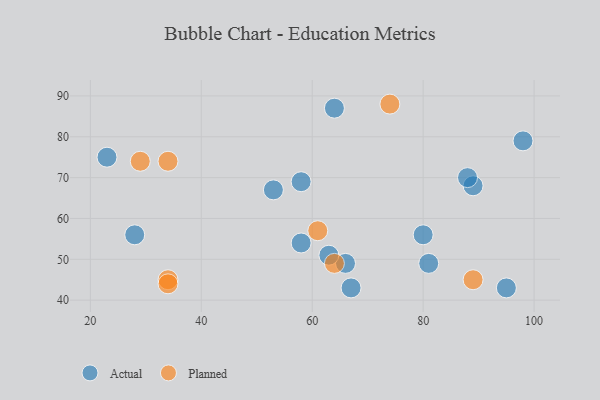
{"axis": {"x": "GDP", "y": "Life Expectancy"}, "legend": ["Actual", "Planned"], "data": [{"x": "66", "y": 49, "type": "Actual"}, {"x": "89", "y": 68, "type": "Actual"}, {"x": "58", "y": 69, "type": "Actual"}, {"x": "28", "y": 56, "type": "Actual"}, {"x": "88", "y": 70, "type": "Actual"}, {"x": "64", "y": 87, "type": "Actual"}, {"x": "81", "y": 49, "type": "Actual"}, {"x": "98", "y": 79, "type": "Actual"}, {"x": "63", "y": 51, "type": "Actual"}, {"x": "80", "y": 56, "type": "Actual"}, {"x": "58", "y": 54, "type": "Actual"}, {"x": "53", "y": 67, "type": "Actual"}, {"x": "67", "y": 43, "type": "Actual"}, {"x": "95", "y": 43, "type": "Actual"}, {"x": "23", "y": 75, "type": "Actual"}, {"x": "64", "y": 49, "type": "Planned"}, {"x": "61", "y": 57, "type": "Planned"}, {"x": "34", "y": 45, "type": "Planned"}, {"x": "74", "y": 88, "type": "Planned"}, {"x": "34", "y": 44, "type": "Planned"}, {"x": "34", "y": 74, "type": "Planned"}, {"x": "89", "y": 45, "type": "Planned"}, {"x": "29", "y": 74, "type": "Planned"}]}